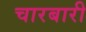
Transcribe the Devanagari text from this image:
चारबारी